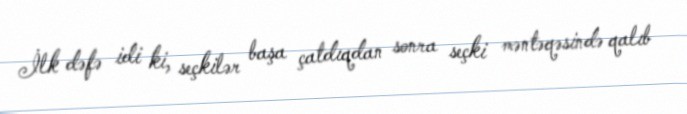
İlk dəfə idi ki, seçkilər başa çatdıqdan sonra seçki məntəqəsində qalıb